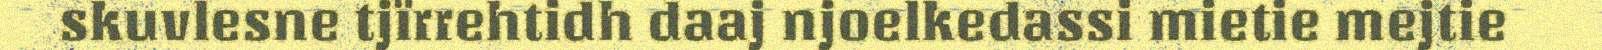
skuvlesne tjïrrehtidh daaj njoelkedassi mietie mejtie